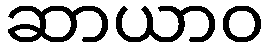
ဆာယာဝ